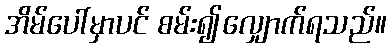
အိမ်ပေါ်မှာပင် စမ်း၍လျှောက်ရသည်။